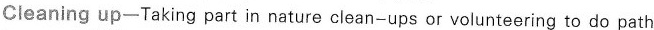
Cleaning up—Taking part in nature clean-ups or volunteering to do path